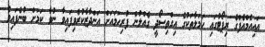
އައިއެމްއެފްގެ ރިޕޯޓުގައި ހަމަލާތަކުގެ އިގްތިސޯދީ ގެއްލުން ފުރިހަމައަށް އަންދާޒާކުރެވިފައިވާ ނުވާ ކަމަށް ބުނެފައިވެ